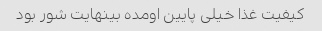
کیفیت غذا خیلی پایین اومده بینهایت شور بود